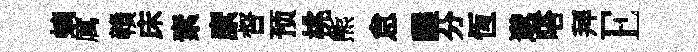
螭厲贛床素縻督预桃熊怠麟芬恆邈嗒拜E